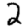
Digit: 2